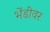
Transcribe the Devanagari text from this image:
भेंडीवर